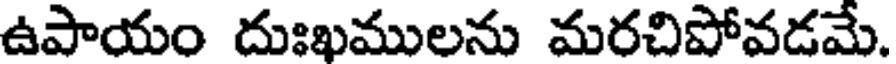
ఉపాయం దుఃఖములను మరచిపోవడమే.